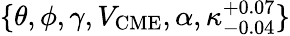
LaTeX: \{ \theta,\phi,\gamma,V_{\mathrm{CME}},\alpha,\kappa_{-0.04}^{+0.07}\}